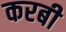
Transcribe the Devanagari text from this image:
करबी